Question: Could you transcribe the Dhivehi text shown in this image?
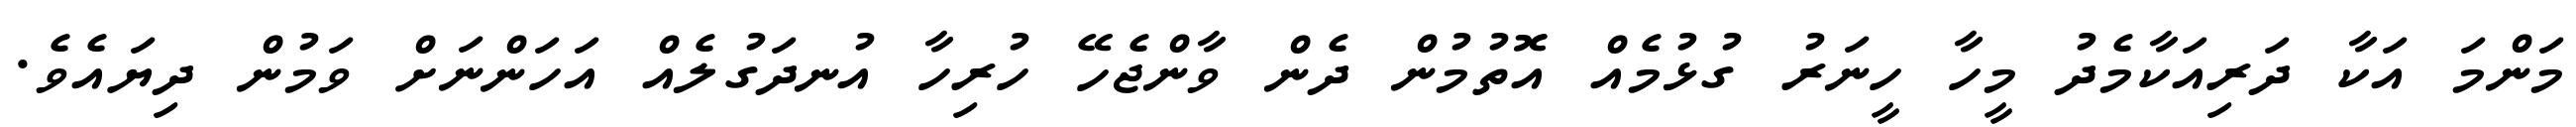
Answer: މަންމަ އަކާ ދަރިއަކާމެދު މީހާ ހީނަރު ގުޅުމެއް އޮތުމުން ދެން ވާންޖެހޭ ހުރިހާ އުނދަގުލެއް އަހަންނަށް ވަމުން ދިޔައެވެ.